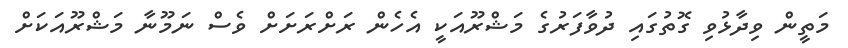
މަތީން ވިދާޅުވި ގޮތުގައި ދުވާފަރުގެ މަޝްރޫއަކީ އެހެން ރަށްރަށަށް ވެސް ނަމޫނާ މަޝްރޫއަކަށް